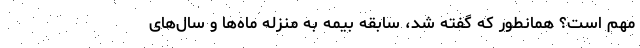
مهم است؟ همانطور که گفته شد، سابقه بیمه به منزله ماه‌ها و سال‌های